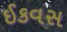
ઈકવસ